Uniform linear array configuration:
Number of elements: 48
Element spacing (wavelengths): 0.25
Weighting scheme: blackman
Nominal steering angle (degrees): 0
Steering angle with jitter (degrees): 0.7169
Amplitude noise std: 0.05
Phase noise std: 0.05

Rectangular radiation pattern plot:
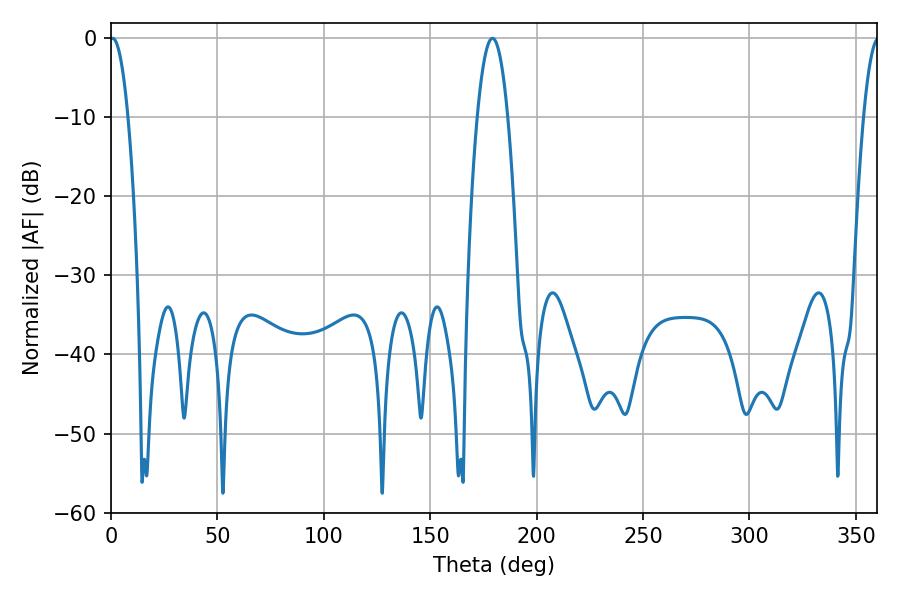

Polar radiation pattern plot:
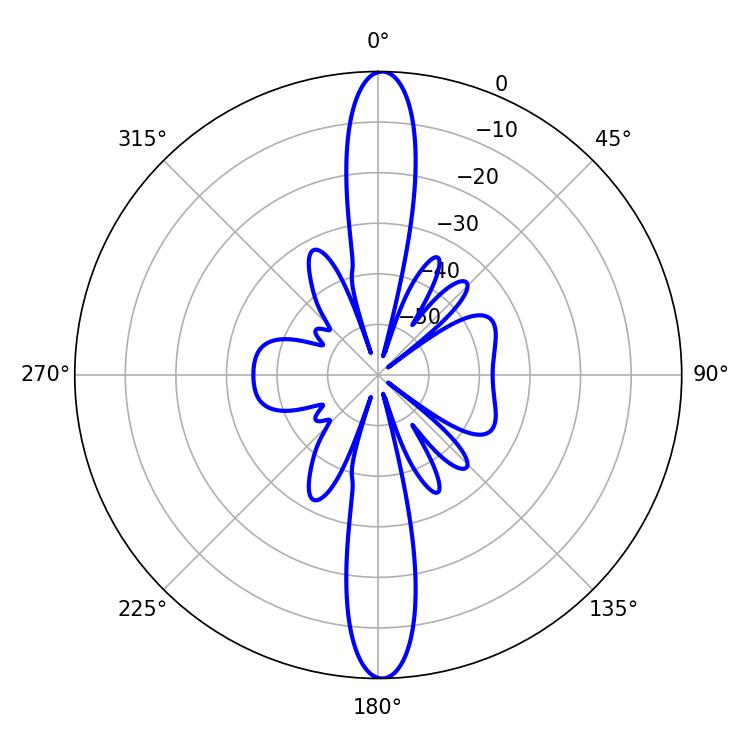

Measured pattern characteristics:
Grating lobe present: FALSE
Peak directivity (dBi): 26.98
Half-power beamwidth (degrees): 7.92
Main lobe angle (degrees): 179.28